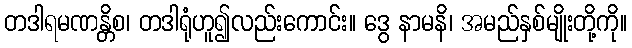
တဒါရမဏန္တိစ၊ တဒါရုံဟူ၍လည်းကောင်း။ ဒွေ နာမနိ၊ အမည်နှစ်မျိုးတို့ကို။